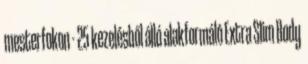
mesterfokon - 25 kezelésből álló alakformáló Extra Slim Body